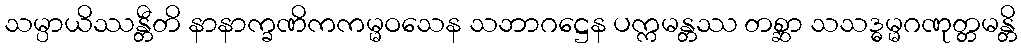
သမ္ပာယိဿန္တီတိ နာနာက္ခဏိကကမ္မဝသေန သဘာဂဋ္ဌေန ပက္ကမန္တဿ တစ္ဆာ သသဒ္ဓမ္မဂဏုတ္တမန္တိ